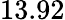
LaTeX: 13.92